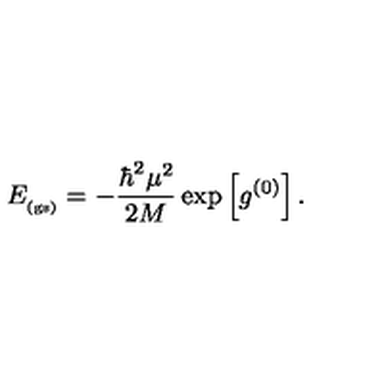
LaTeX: E _ { _ \mathrm { ( g s ) } } = - \frac { \hbar ^ { 2 } \mu ^ { 2 } } { 2 M } \exp \left[ g ^ { ( 0 ) } \right] .